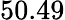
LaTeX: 50.49